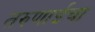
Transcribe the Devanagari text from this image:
तरुणाईचा